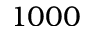
1 0 0 0